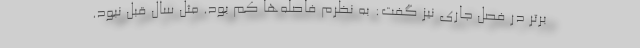
برتر در فصل جاری نیز گفت: به نظرم فاصله‌ها کم بود. مثل سال قبل نبود.